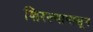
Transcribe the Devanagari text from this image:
शिरल्यापासून